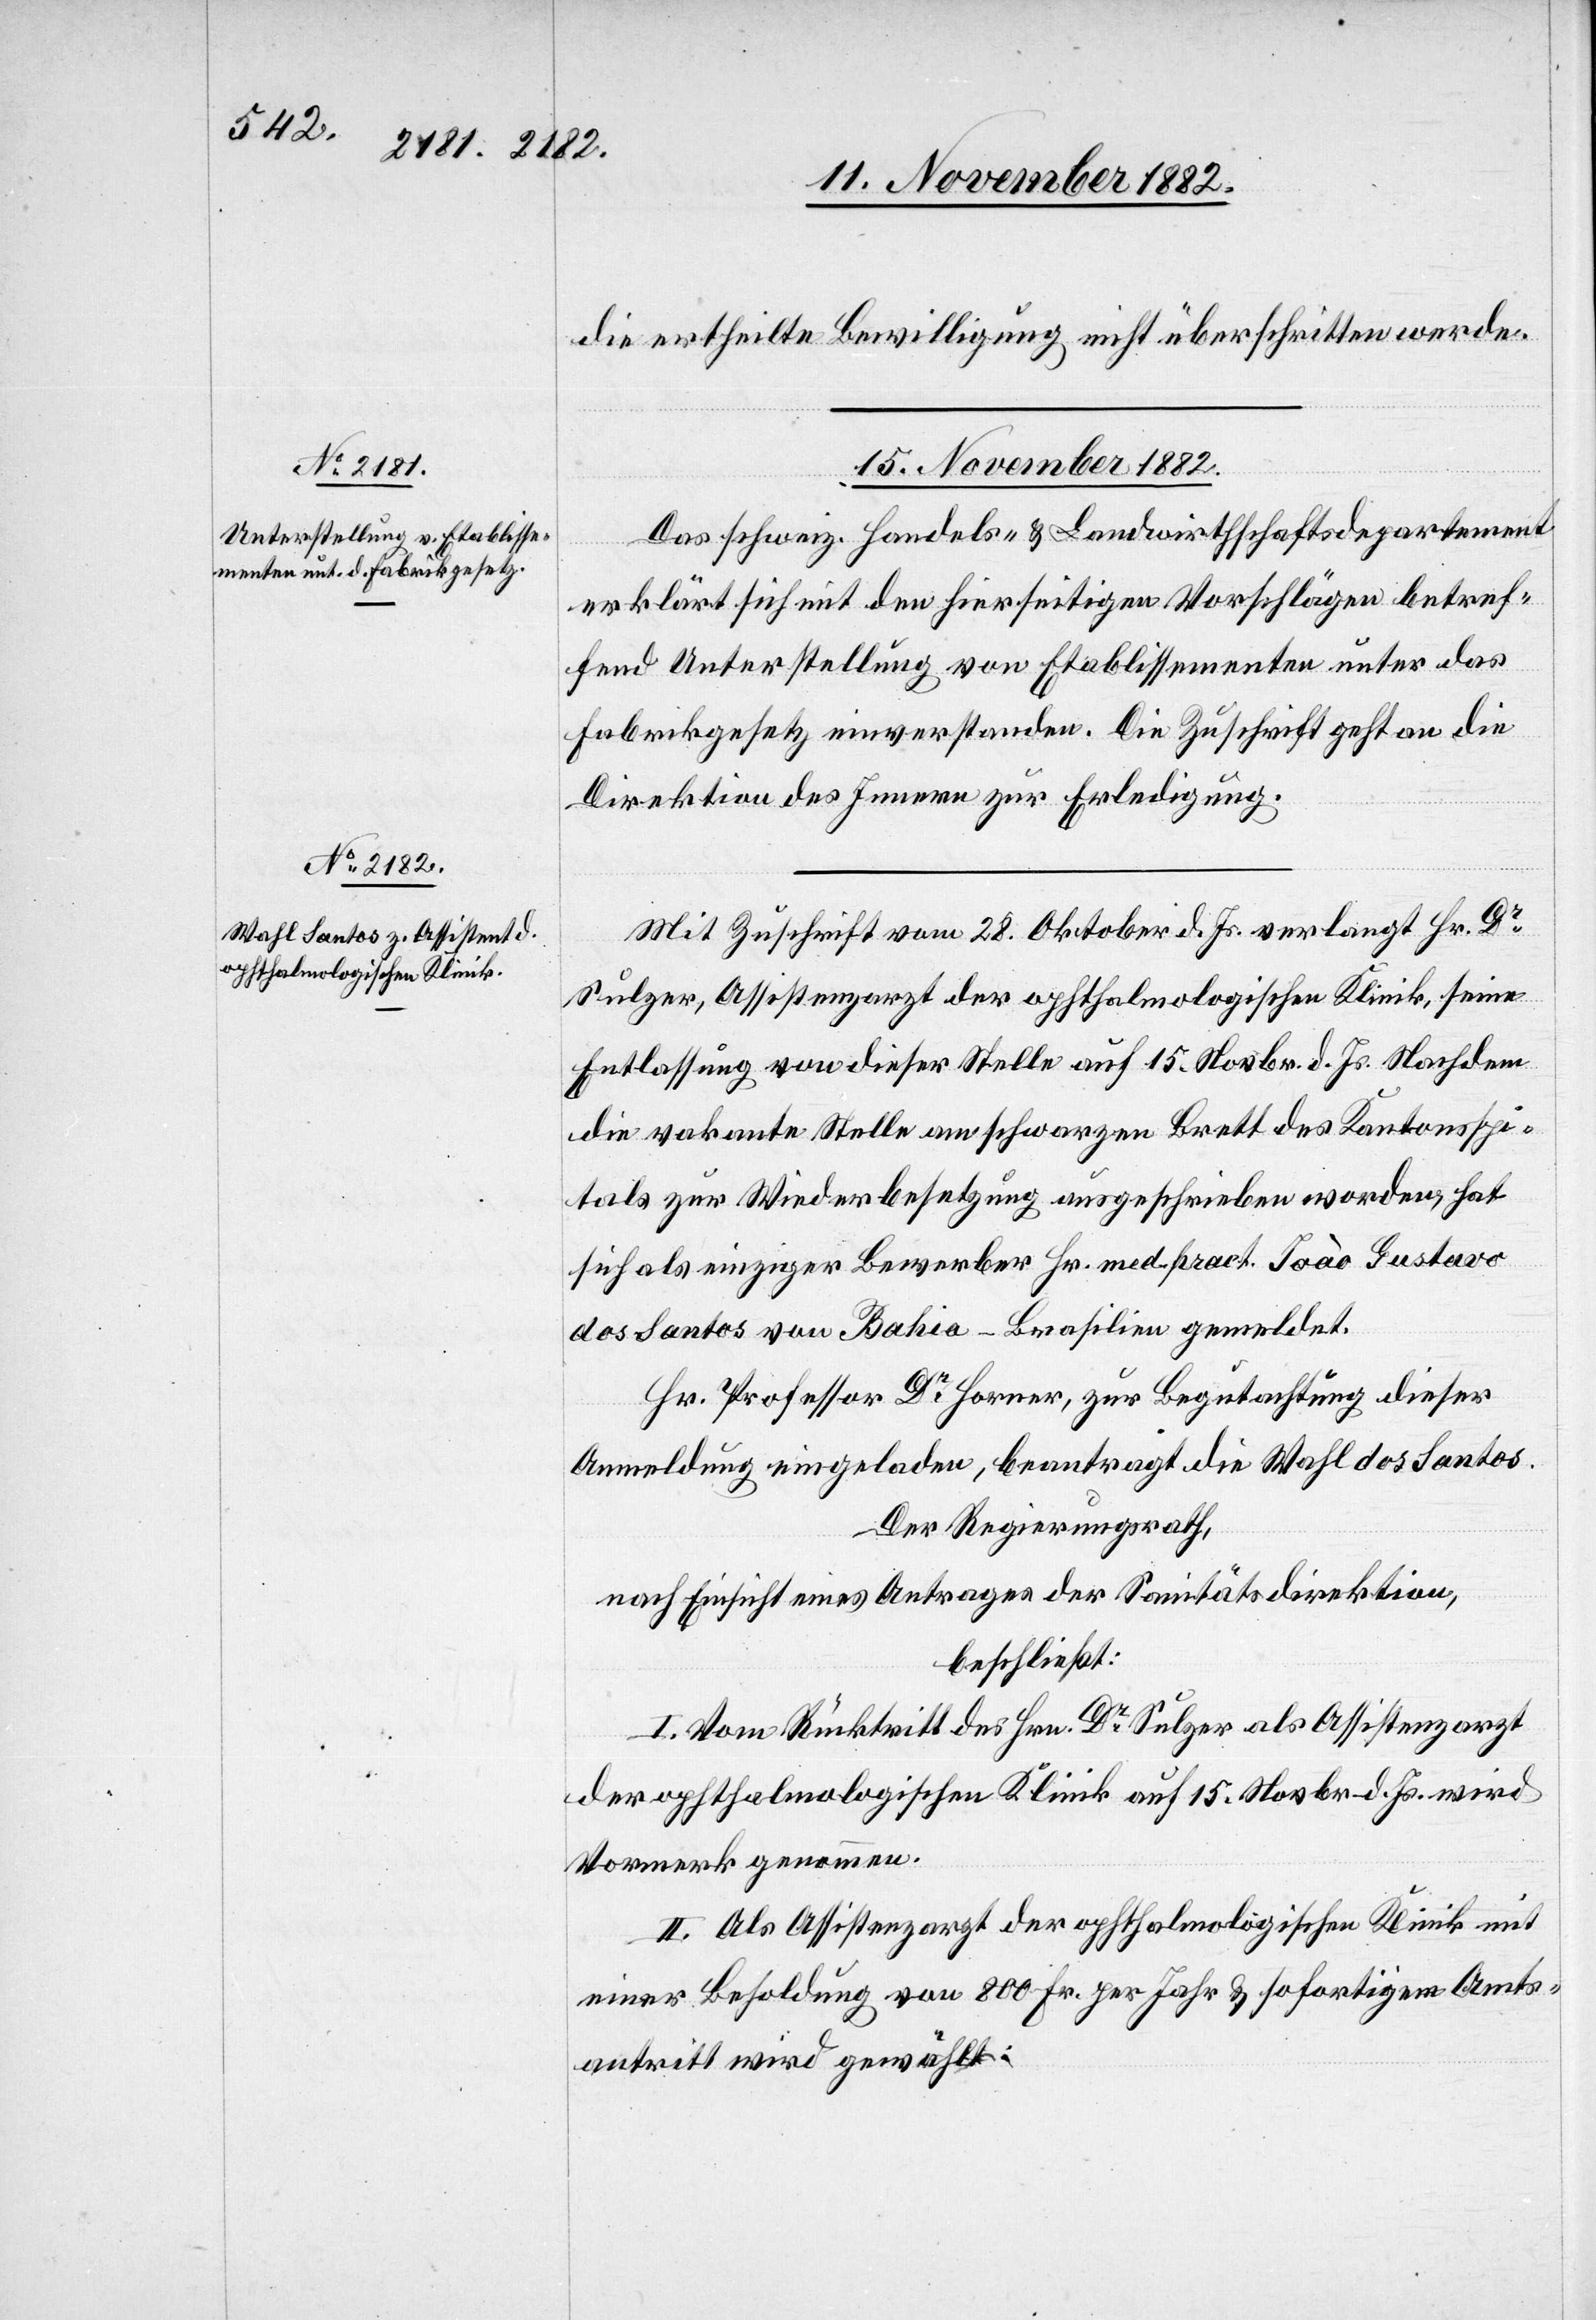
die ertheilte Bewilligung nicht überschritten werde.
15. November 1882.]
Das schweiz. Handels- & Landwirthschaftsdepartement
erklärt sich mit den hierseitigen Vorschlägen betref¬
fend Unterstellung von Etablissementen unter das
Fabrikgesetz einverstanden. Die Zuschrift geht an die
Direktion des Innern zur Erledigung.
Mit Zuschrift vom 28. Oktober d. Js. verlangt Hr. Dr
Sulzer, Assistenzarzt der ophthalmologischen Klinik, seine
Entlassung von dieser Stelle auf den 15. Novbr. d. Js. Nachdem
die vakante Stelle am schwarzen Brett des Kantonsspi¬
tals zur Wiederbesetzung ausgeschrieben worden, hat
sich als einziger Bewerber Hr. med. pract. Joào Gustavo
dos Santos von Bahia - Brasilien gemeldet.
Hr. Professor Dr Horner, zur Begutachtung dieser
Anmeldung eingeladen, beantragt die Wahl des Santos.
Der Regierungsrath,
nach Einsicht eines Antrages der Sanitätsdirektion,
beschließt:
I. Vom Rücktritt des Hrn. Dr Sulzer als Assistenzarzt
der ophthalmologischen Klinik auf 15. Novbr. d. Js. wird
Vormerk genommen.
II. Als Assistenzarzt der ophthalmologischen Klinik mit
einer Besoldung von 800 Fr. per Jahr & sofortigem Amts¬
antritt wird gewählt: